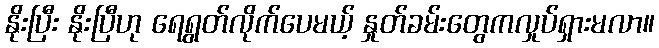
နိုးပြီး နိုးပြီဟု ရေရွတ်လိုက်ပေမယ့် နှုတ်ခမ်းတွေကလှုပ်ရှားမလာ။